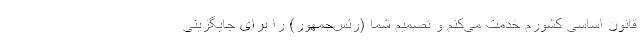
قانون اساسی کشورم خدمت می‌کنم و تصمیم شما (رئس‌جمهور) را برای جایگزینی